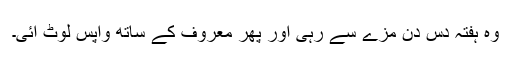
وہ ہفتہ دس دن مزے سے رہی اور پھر معروف کے ساتھ واپس لوٹ آئی۔